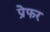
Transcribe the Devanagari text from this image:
प्रेफर